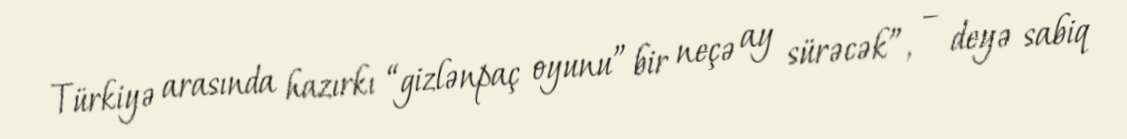
Türkiyə arasında hazırkı “gizlənpaç oyunu” bir neçə ay sürəcək”, – deyə sabiq